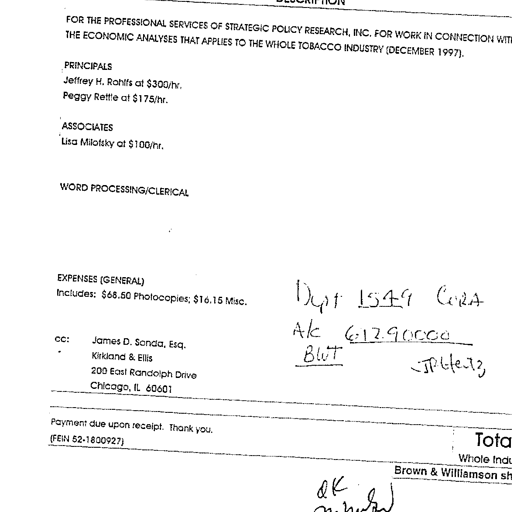
FOR THE PROFESSIONAL SERVICES OF STRATEGIC POLICY RESEARCH, INC. FOR WORK IN CONNECTION WITH
THE ECONOMIC ANALYSES THAT APPLIES TO THE WHOLE TOBACCO INDUSTRY (DECEMBER 1997).

PRINCIPALS
Jeffrey H. Rohlfs at $300/hr.
Peggy Rettle at $175/hr.

ASSOCIATES
Lisa Milofsky at $100/hr.

WORD PROCESSING/CLERICAL

EXPENSES (GENERAL)
Includes: $68.50 Photocopies; $16.15 Misc. Dept 1549 CORA
cc: James D. Sanda, Esq.
Kirkland & Ellis
200 East Randolph Drive
Chicago, IL 60601 A/c 61290000
BWT JP 6/2/98

Payment due upon receipt. Thank you.
(FEIN 52-1800927) Tota
Whole Indu
Brown & Williamson sh
OK